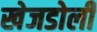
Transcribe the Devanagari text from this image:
खेजडोली